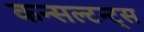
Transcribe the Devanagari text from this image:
कन्सल्टन्ट्स